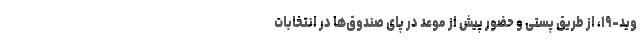
وید-۱۹، از طریق پستی و حضور پیش از موعد در پای صندوق‌ها در انتخابات